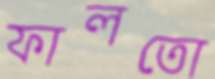
ফালতো